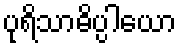
ပုရိသာဓိပ္ပါယော